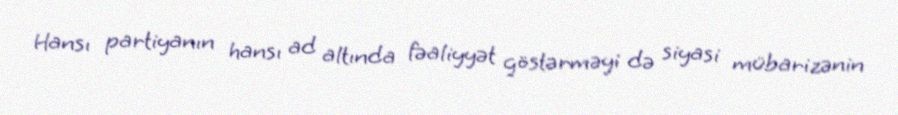
Hansı partiyanın hansı ad altında fəaliyyət göstərməyi də siyasi mübarizənin